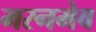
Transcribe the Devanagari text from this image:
मरनमेव